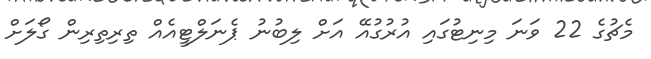
މެޗުގެ 22 ވަނަ މިނިޓުގައި އުރުގުއޭ އަށް ލިބުނު ޕެނަލްޓީއެއް ތިރިތިރިން ގޯލަށް